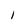
Character: I